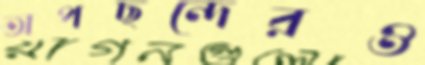
অপছন্দেরও